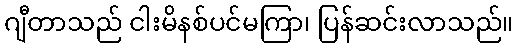
ဂျီတာသည် ငါးမိနစ်ပင်မကြာ၊ ပြန်ဆင်းလာသည်။